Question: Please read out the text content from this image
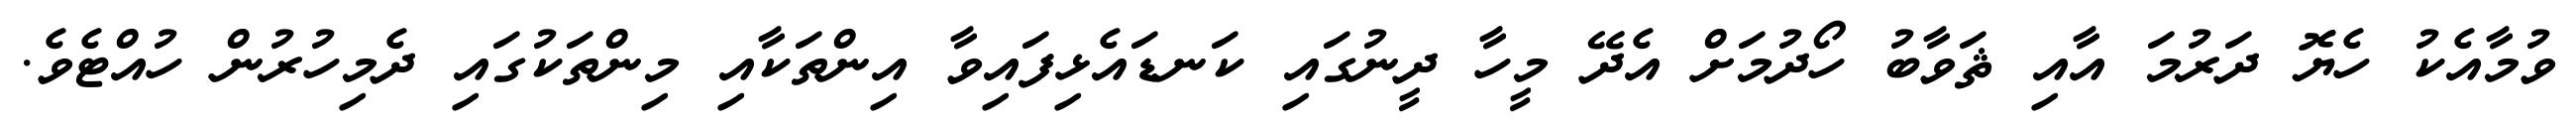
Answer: ވުމާއެކު ހެޔޮ ދަރުމަ އާއި ޘަވާބު ހޯދުމަށް އެދޭ މީހާ ދީނުގައި ކަނޑައެޅިފައިވާ އިންތަކާއި މިންތަކުގައި ދެމިހުރުން ހުއްޓެވެ.